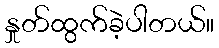
နှုတ်ထွက်ခဲ့ပါတယ်။